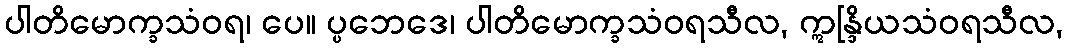
ပါတိမောက္ခသံဝရ၊ ပေ။ ပ္ပဘေဒေ၊ ပါတိမောက္ခသံဝရသီလ, ဣန္ဒြိယသံဝရသီလ,